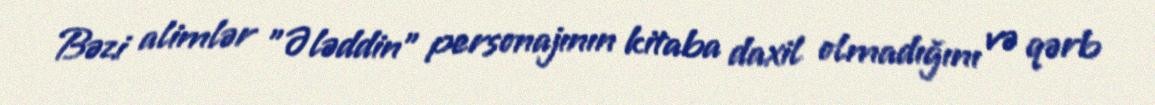
Bəzi alimlər "Ələddin" personajının kitaba daxil olmadığını və qərb